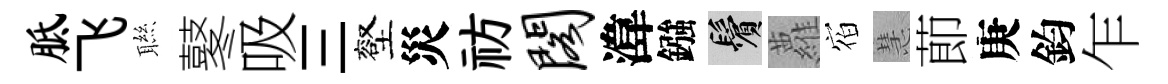
胝飞聮鼕吸三壑災祊阁湋鏹鬢蘿𪧐慧莭庚鈞乍